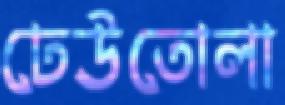
ঢেউতোলা